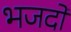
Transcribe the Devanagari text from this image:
भजदो